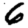
Digit: 6